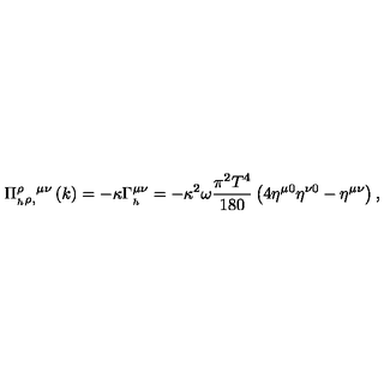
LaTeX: \Pi _ { _ h \rho , } ^ { \rho } ^ { \mu \nu } \left( k \right) = - \kappa \Gamma _ { _ h } ^ { \mu \nu } = - \kappa ^ { 2 } \omega \frac { \pi ^ { 2 } T ^ { 4 } } { 1 8 0 } \left( 4 \eta ^ { \mu 0 } \eta ^ { \nu 0 } - \eta ^ { \mu \nu } \right) ,